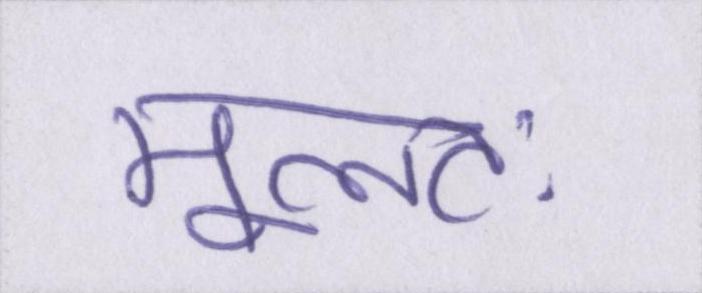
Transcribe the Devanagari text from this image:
मूलतः